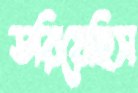
ডরিয়েছিস